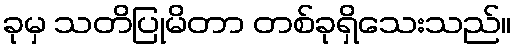
ခုမှ သတိပြုမိတာ တစ်ခုရှိသေးသည်။